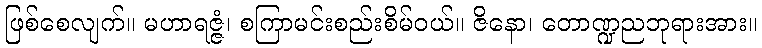
ဖြစ်စေလျက်။ မဟာရဇ္ဇံ၊ စကြာမင်းစည်းစိမ်ဝယ်။ ဇိနော၊ တောဏ္ဍညဘုရားအား။